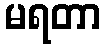
မရတာ